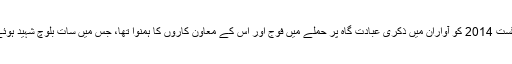
خیرو اگست 2014 کو آواران میں ذکری عبادت گاہ پر حملے میں فوج اور اُس کے معاون کاروں کا ہمنوا تھا، جس میں سات بلوچ شہید ہوئے تھے۔